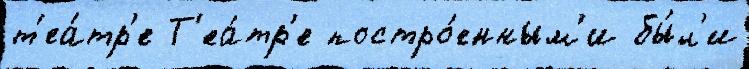
т'еа́тр'е Т'еа́тр'е постро́енным'и бы́л'и